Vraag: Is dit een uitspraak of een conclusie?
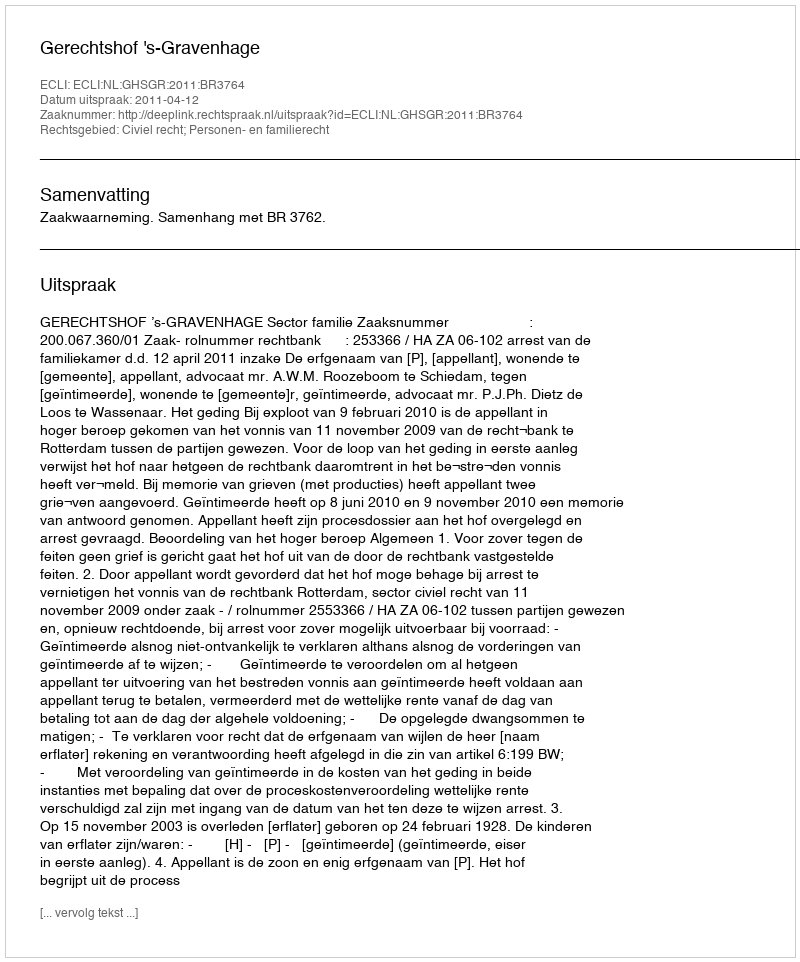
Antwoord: Uitspraak